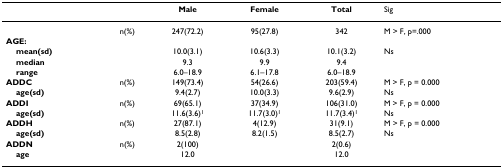
|  |  | Male | Female | Total | Sig |
 | --- | --- | --- | --- | --- | --- |
 |  | n(%) | 247(72.2) | 95(27.8) | 342 | M > F, p=.000 |
 | AGE: |  |  |  |  |  |
 | mean(sd) |  | 10.0(3.1) | 10.6(3.3) | 10.1(3.2) | Ns |
 | median |  | 9.3 | 9.9 | 9.4 |  |
 | range |  | 6.0–18.9 | 6.1–17.8 | 6.0–18.9 |  |
 | ADDC | n(%) | 149(73.4) | 54(26.6) | 203(59.4) | M > F, p = 0.000 |
 | age(sd) |  | 9.4(2.7) | 10.0(3.3) | 9.6(2.9) | Ns |
 | ADDI | n(%) | 69(65.1) | 37(34.9) | 106(31.0) | M > F, p = 0.000 |
 | age(sd) |  | 11.6(3.6)1 | 11.7(3.0)1 | 11.7(3.4)1 | Ns |
 | ADDH | n(%) | 27(87.1) | 4(12.9) | 31(9.1) | M > F, p = 0.000 |
 | age(sd) |  | 8.5(2.8) | 8.2(1.5) | 8.5(2.7) | Ns |
 | ADDN | n(%) | 2(100) |  | 2(0.6) |  |
 | age |  | 12.0 |  | 12.0 |  |